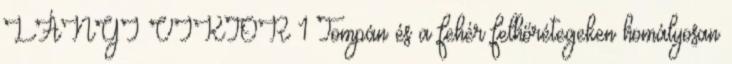
LÁNYI VIKTOR 1 Tompán és a fehér felhőrétegeken homályosan